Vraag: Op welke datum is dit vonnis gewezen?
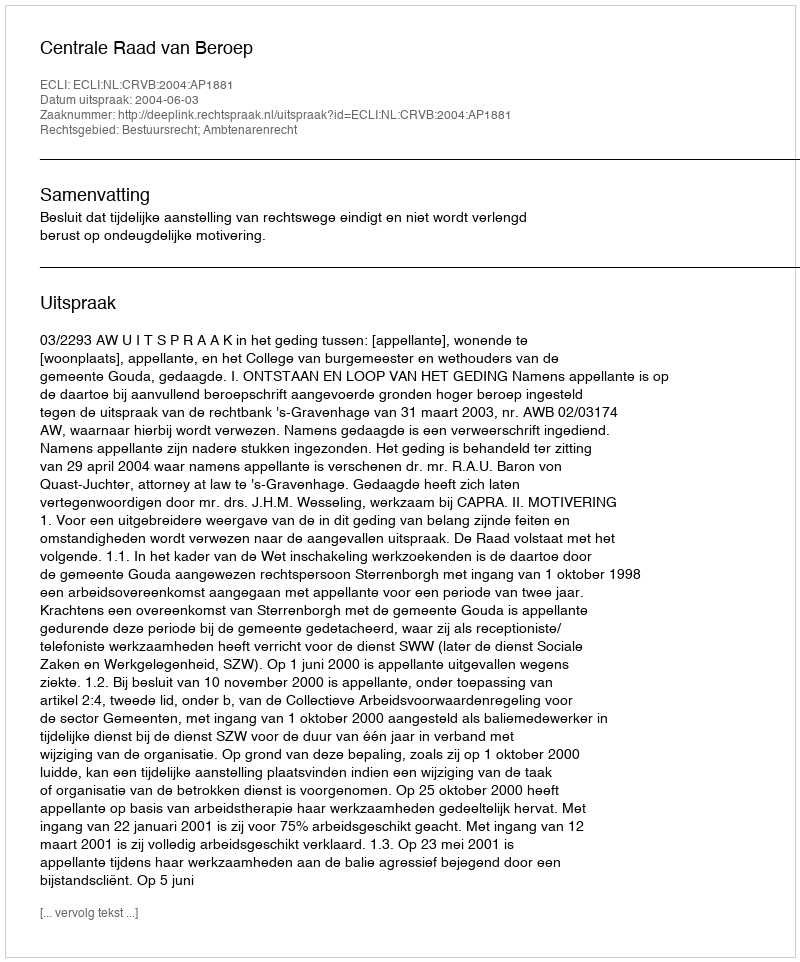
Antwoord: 2004-06-03